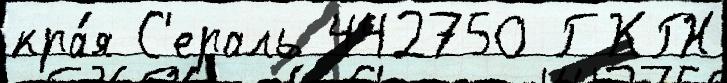
кра́я С'ераль 442750 ГКГН